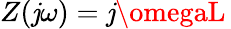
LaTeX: Z(\mathit{j}\omega)=\mathit{j}\omegaL\,